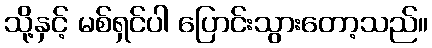
သို့နှင့် မစ်ရှင်ပါ ပြောင်းသွားတော့သည်။